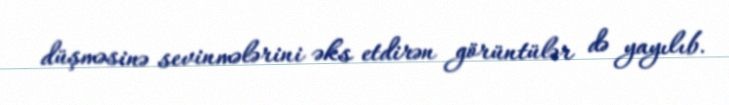
düşməsinə sevinmələrini əks etdirən görüntülər də yayılıb.